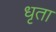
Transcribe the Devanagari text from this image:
धृता